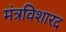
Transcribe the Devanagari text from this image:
मंत्रविशारद